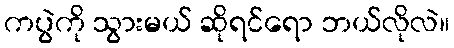
ကပွဲကို သွားမယ် ဆိုရင်ရော ဘယ်လိုလဲ။